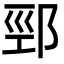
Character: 䣆